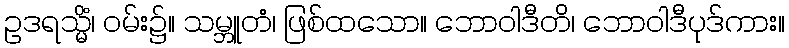
ဥဒရသ္မိံ၊ ဝမ်း၌။ သမ္ဘူတံ၊ ဖြစ်ထသော။ ဘောဝါဒီတိ၊ ဘောဝါဒီပုဒ်ကား။